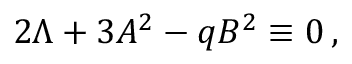
2 \Lambda + 3 A ^ { 2 } - q B ^ { 2 } \equiv 0 \, ,